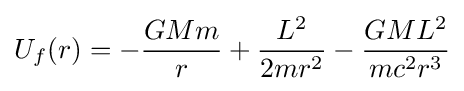
U_{f}(r)=-{\frac {GMm}{r}}+{\frac {L^{2}}{2mr^{2}}}-{\frac {GML^{2}}{mc^{2}r^{3}}}